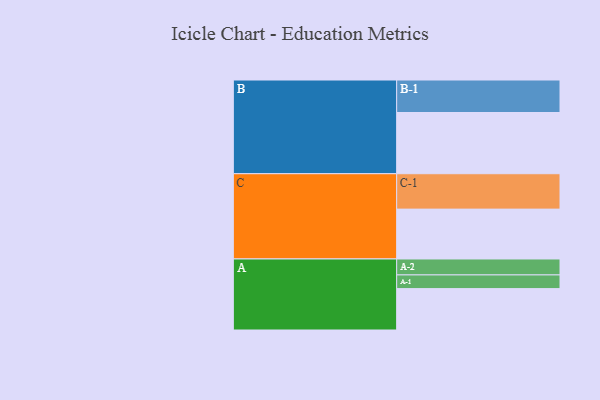
{"axis": {"x": "Segment", "y": "Value"}, "legend": ["", "A", "B", "C"], "data": [{"x": "A", "y": 317, "type": ""}, {"x": "B", "y": 469, "type": ""}, {"x": "C", "y": 382, "type": ""}, {"x": "A-1", "y": 105, "type": "A"}, {"x": "A-2", "y": 122, "type": "A"}, {"x": "B-1", "y": 249, "type": "B"}, {"x": "C-1", "y": 271, "type": "C"}]}